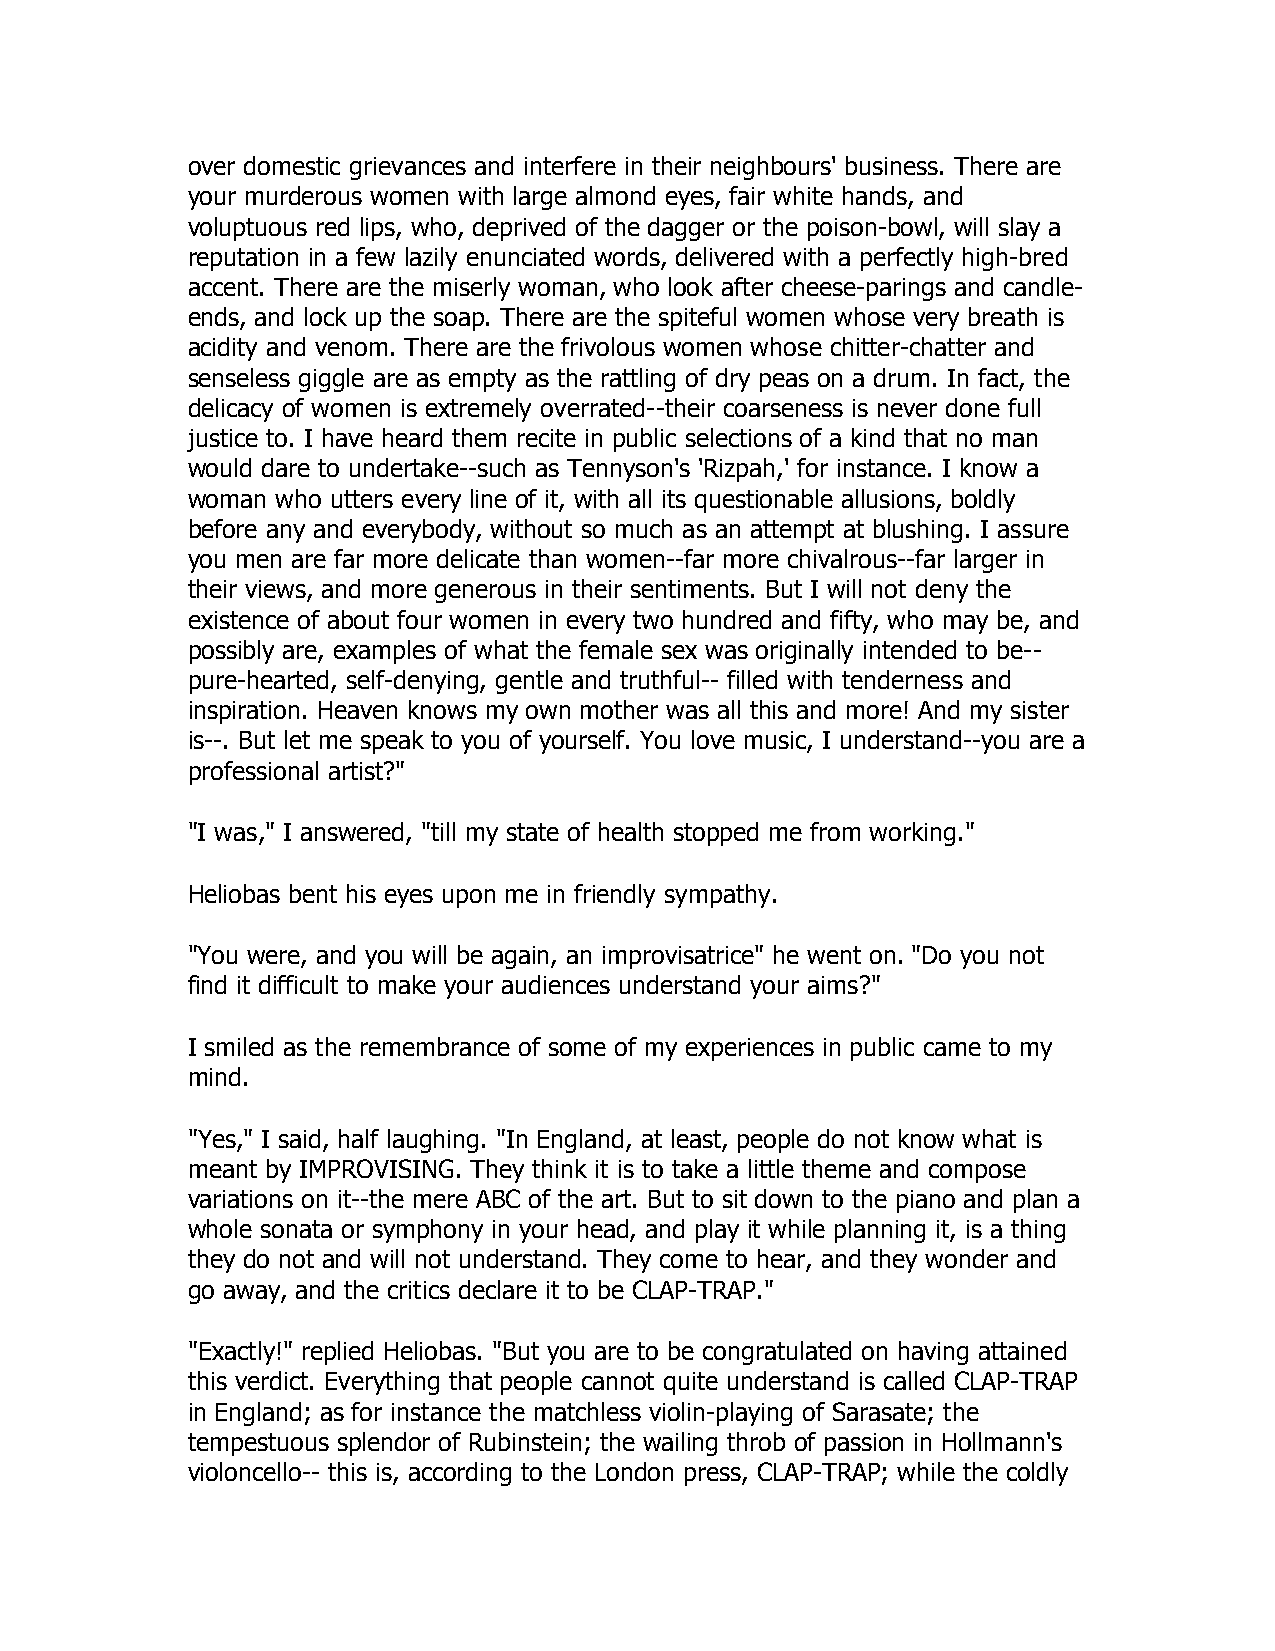
over domestic grievances and interfere in their neighbours' business. There are
 your murderous women with large almond eyes, fair white hands, and
 voluptuous red lips, who, deprived of the dagger or the poison-bowl, will slay a
 reputation in a few lazily enunciated words, delivered with a perfectly high-bred
 accent. There are the miserly woman, who look after cheese-parings and candle-
 ends, and lock up the soap. There are the spiteful women whose very breath is
 acidity and venom. There are the frivolous women whose chitter-chatter and
 senseless giggle are as empty as the rattling of dry peas on a drum. In fact, the
 delicacy of women is extremely overrated--their coarseness is never done full
 justice to. I have heard them recite in public selections of a kind that no man
 would dare to undertake--such as Tennyson's 'Rizpah,' for instance. I know a
 woman who utters every line of it, with all its questionable allusions, boldly
 before any and everybody, without so much as an attempt at blushing. I assure
 you men are far more delicate than women--far more chivalrous--far larger in
 their views, and more generous in their sentiments. But I will not deny the
 existence of about four women in every two hundred and fifty, who may be, and
 possibly are, examples of what the female sex was originally intended to be--
 pure-hearted, self-denying, gentle and truthful-- filled with tenderness and
 inspiration. Heaven knows my own mother was all this and more! And my sister
 is--. But let me speak to you of yourself. You love music, I understand--you are a
 professional artist?"
 "I was," I answered, "till my state of health stopped me from working."
 Heliobas bent his eyes upon me in friendly sympathy.
 "You were, and you will be again, an improvisatrice" he went on. "Do you not
 find it difficult to make your audiences understand your aims?"
 I smiled as the remembrance of some of my experiences in public came to my
 mind.
 "Yes," I said, half laughing. "In England, at least, people do not know what is
 meant by IMPROVISING. They think it is to take a little theme and compose
 variations on it--the mere ABC of the art. But to sit down to the piano and plan a
 whole sonata or symphony in your head, and play it while planning it, is a thing
 they do not and will not understand. They come to hear, and they wonder and
 go away, and the critics declare it to be CLAP-TRAP."
 "Exactly!" replied Heliobas. "But you are to be congratulated on having attained
 this verdict. Everything that people cannot quite understand is called CLAP-TRAP
 in England; as for instance the matchless violin-playing of Sarasate; the
 tempestuous splendor of Rubinstein; the wailing throb of passion in Hollmann's
 violoncello-- this is, according to the London press, CLAP-TRAP; while the coldly